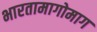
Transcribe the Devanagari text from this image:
भारतामागोमाग